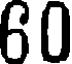
60